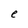
Character: e